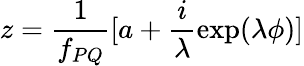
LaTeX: z=\frac{1}{f_{PQ}}[a+\frac{i}{\lambda}\exp(\lambda\phi)]